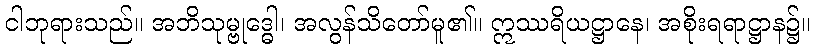
ငါဘုရားသည်။ အဘိသုမ္ဗုဒ္ဓေါ၊ အလွန်သိတော်မူ၏။ ဣဿရိယဋ္ဌာနေ၊ အစိုးရရာဋ္ဌာန၌။